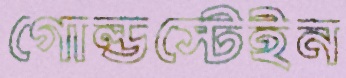
গোল্ডস্টেইন